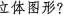
立体图形?